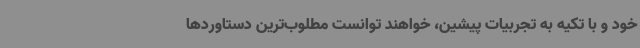
خود و با تکیه به تجربیات پیشین، خواهند توانست مطلوب‌ترین دستاوردها